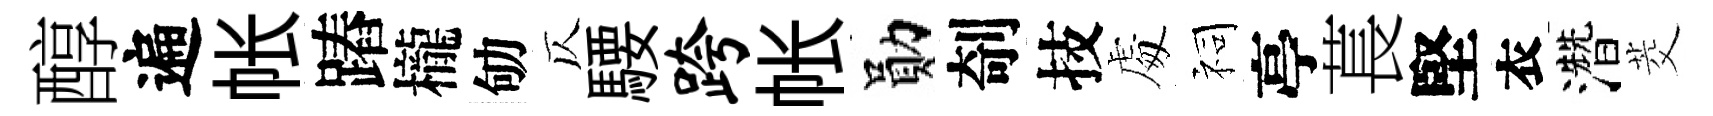
醇遍帐蹖櫳劬仄騕跨帐勛剞技䖏祠亭萇堅衣濳茭